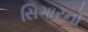
સિગારનો